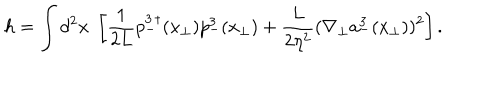
h = \int d ^ { 2 } x \; \left[ \frac { 1 } { 2 L } p _ { - } ^ { 3 \, \dagger } ( { x } _ { \bot } ) p _ { - } ^ { 3 } ( { x } _ { \bot } ) + \frac { L } { 2 \eta ^ { 2 } } ( \nabla _ { \bot } a _ { - } ^ { 3 } ( { x } _ { \bot } ) ) ^ { 2 } \right] .